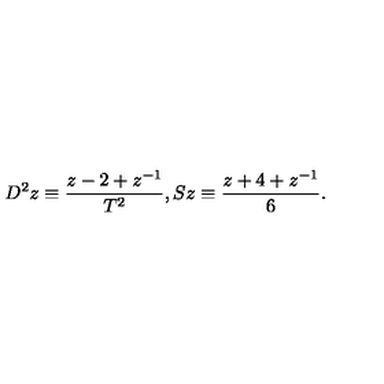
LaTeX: D ^ { 2 } z \equiv \frac { z - 2 + z ^ { - 1 } } { T ^ { 2 } } , S z \equiv \frac { z + 4 + z ^ { - 1 } } 6 .